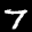
Label: 7